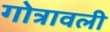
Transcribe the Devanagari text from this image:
गोत्रावली